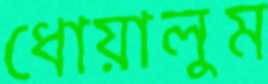
ধোয়ালুম